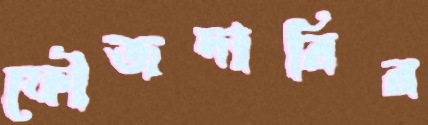
ফৌজদারির